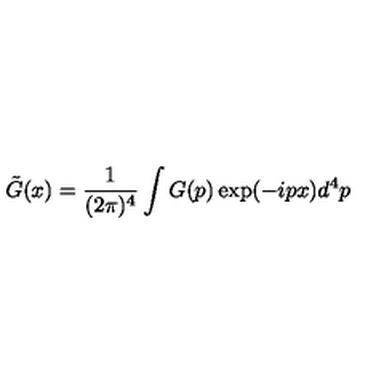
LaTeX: \tilde { G } ( x ) = \frac { 1 } { ( 2 \pi ) ^ { 4 } } \int G ( p ) \exp ( - i p x ) d ^ { 4 } p